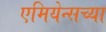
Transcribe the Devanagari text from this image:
एमियेन्सच्या